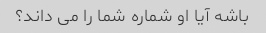
باشه آیا او شماره شما را می داند؟